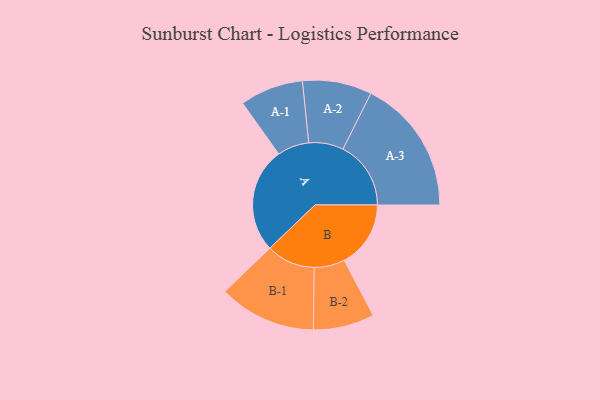
{"axis": {"x": "Segment", "y": "Value"}, "legend": ["", "A", "B"], "data": [{"x": "A", "y": 465, "type": ""}, {"x": "B", "y": 294, "type": ""}, {"x": "A-1", "y": 140, "type": "A"}, {"x": "A-2", "y": 153, "type": "A"}, {"x": "A-3", "y": 300, "type": "A"}, {"x": "B-1", "y": 215, "type": "B"}, {"x": "B-2", "y": 135, "type": "B"}]}